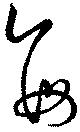
毎